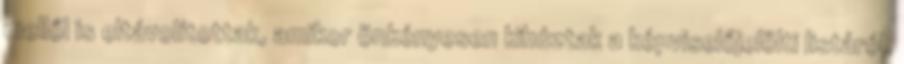
mellől is eltávolítottak, amikor önkényesen kihúztak a képvi­se­lőjelölti listáról.